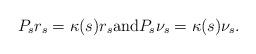
LaTeX: \begin{align*}P_s r_s = \kappa(s) r_s \mbox{and} P_s \nu_s = \kappa(s) \nu_s. \end{align*}